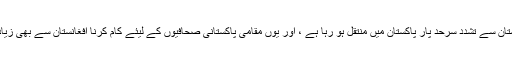
ہو یہ رہا ہے کہ افغانستان سے تشدد سرحد پار پاکستان میں منتقل ہو رہا ہے ، اور یوں مقامی پاکستانی صحافیوں کے لیئے کام کرنا افغانستان سے بھی زیادہ خطرناک ہو گیا ہے۔